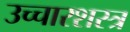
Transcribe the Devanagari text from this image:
उच्चारशस्त्र